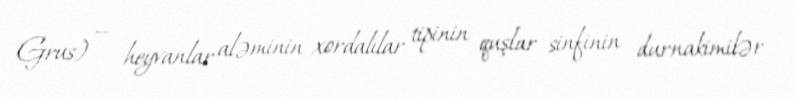
Grus) — heyvanlar aləminin xordalılar tipinin quşlar sinfinin durnakimilər